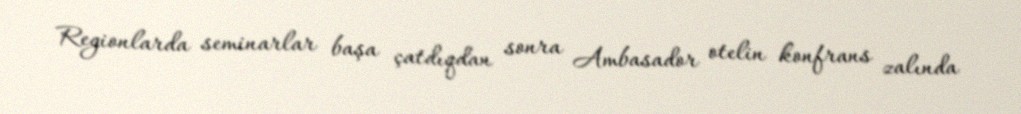
Regionlarda seminarlar başa çatdıqdan sonra Ambasador otelin konfrans zalında